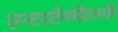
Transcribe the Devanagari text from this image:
एन्टरटेनमेंटतर्फे